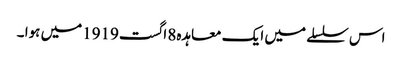
اس سلسلے میں ایک معاہدہ8 اگست1919میں ہوا ۔